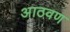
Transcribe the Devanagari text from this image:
अाठवण